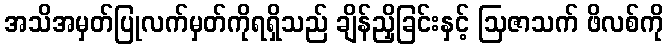
အသိအမှတ်ပြုလက်မှတ်ကိုရရှိသည် ချိန်ညှိခြင်းနှင့် ဩဇာသက် ဖိလစ်ကို